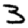
Digit: 3